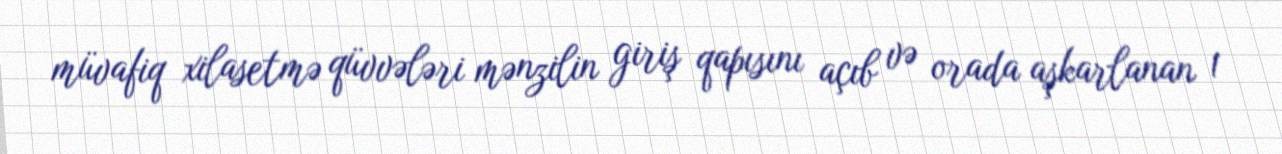
müvafiq xilasetmə qüvvələri mənzilin giriş qapısını açıb və orada aşkarlanan 1